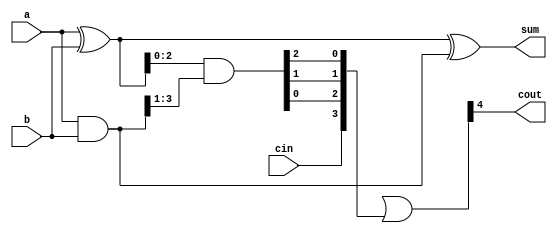
module ManchesterCarryChainAdder (
    input wire [3:0] a,
    input wire [3:0] b,
    input wire cin,
    output wire [3:0] sum,
    output wire cout
);

wire [3:0] c;
wire [3:0] p;
wire [3:0] g;
wire [4:0] g_and_c;

assign c = a & b;
assign p = a ^ b;
assign g[0] = cin;
assign g[1:3] = p[0:2] & c[1:3];
assign g[4] = p[3] & c[3];

assign g_and_c = {g[0],g[1],g[2],g[3],g[4]} | {1'b0,g[0],g[1],g[2],g[3]};

assign sum = p ^ c;
assign cout = g_and_c[4];

endmodule